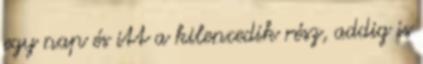
egy nap és itt a kilencedik rész, addig is